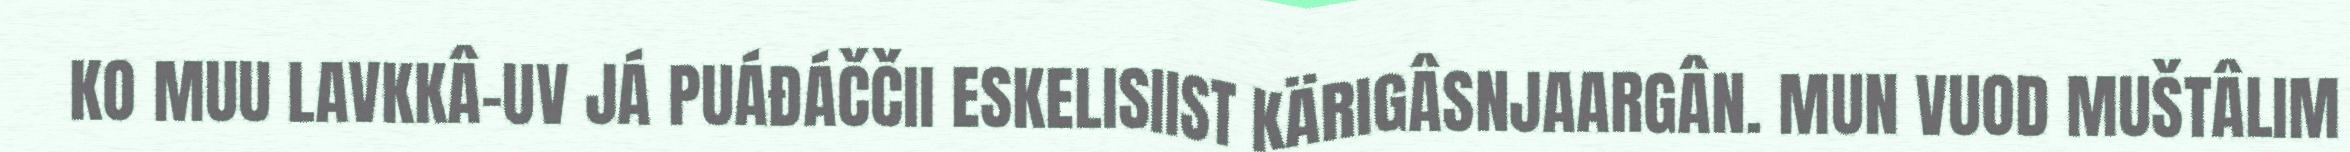
KO MUU LAVKKÂ-UV JÁ PUÁĐÁČČII ESKELISIIST KÄRIGÂSNJAARGÂN. MUN VUOD MUŠTÂLIM